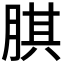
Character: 𦝁